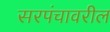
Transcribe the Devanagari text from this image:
सरपंचावरील